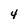
Character: 4